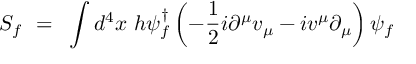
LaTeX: S _ { f } ~ = ~ \int d ^ { 4 } x ~ h \psi _ { f } ^ { \dagger } \left( - \frac { 1 } { 2 } i \partial ^ { \mu } v _ { \mu } - i v ^ { \mu } \partial _ { \mu } \right) \psi _ { f }